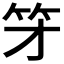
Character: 𱷯